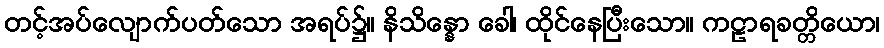
တင့်အပ်လျောက်ပတ်သော အရပ်၌။ နိသိန္နော ခေါ၊ ထိုင်နေပြီးသော။ ကဠာရခတ္တိယော၊